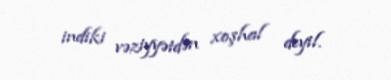
indiki vəziyyətdən xoşhal deyil.